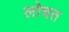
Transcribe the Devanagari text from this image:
लोचत